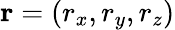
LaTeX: \mathbf{r}=(r_{x},r_{y},r_{z})